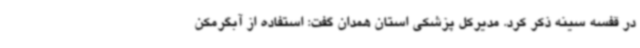
در قفسه سینه ذکر کرد. مدیرکل پزشکی استان همدان گفت: استفاده از آبگرمکن